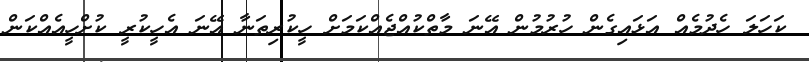
ކަހަލަ ހެދުމެއް އަޅައިގެން ހުރުމުން އޭނަ މާތްކުއްޖެއްކަމަށް ހީކުރިތަނާ އޭނަ އެހީކުރީ ކުށްހީއެއްކަން